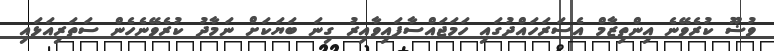
ވުޟޫ ކުރެވޭނެ އިންތިޒާމް އެސަރަހައްދުގައި ހަމަޖައްސާފައިވާއިރު ގިނަ ބަޔަކަށް ނަމާދު ކުރެވޭނެހެން ސަތަރިއަޅައި